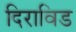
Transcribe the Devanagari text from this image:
दिराविड